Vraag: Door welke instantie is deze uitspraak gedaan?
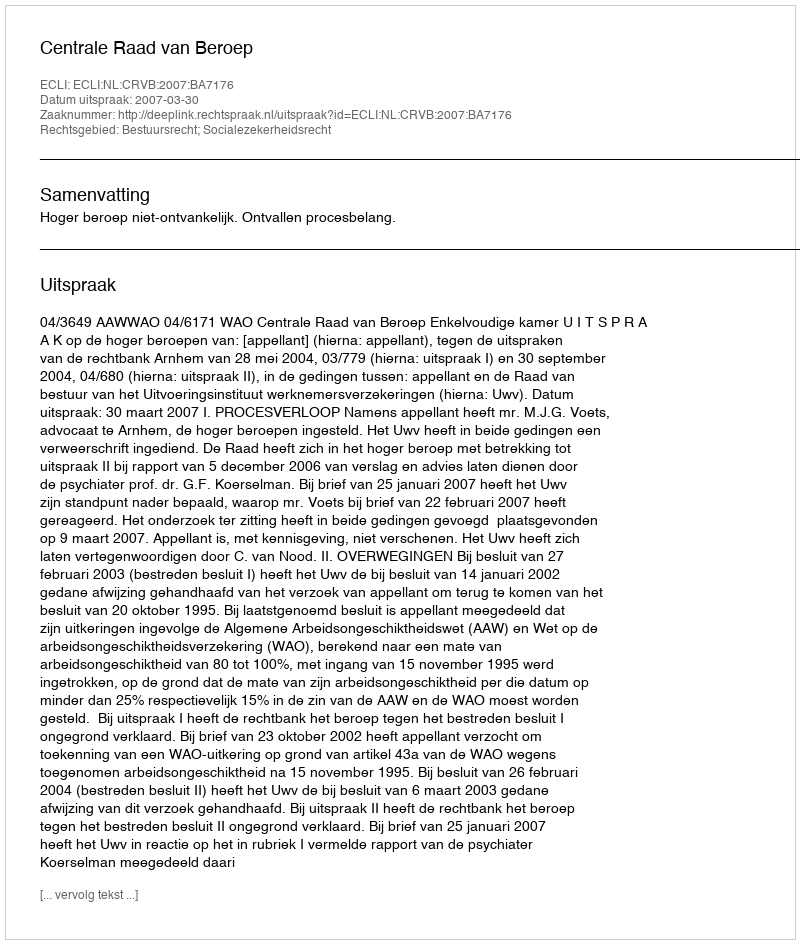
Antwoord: Centrale Raad van Beroep